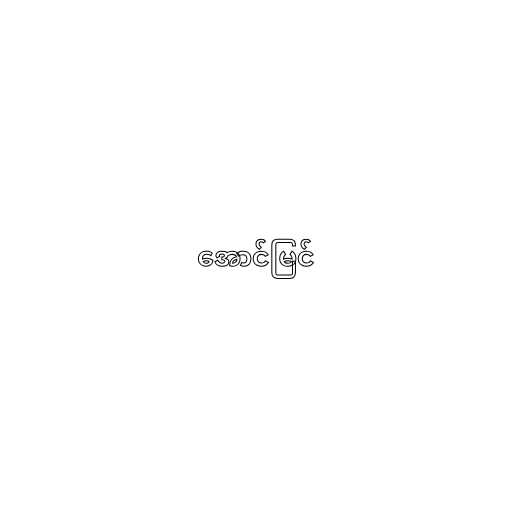
အောင်မြင်